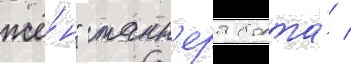
жё́н" танн'ера болта́ /